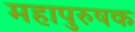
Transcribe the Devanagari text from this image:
महापुरुषक